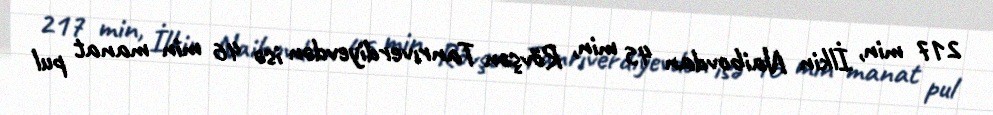
217 min, İlkin Naibovdan 45 min, Rövşən Tanrıverdiyevdən isə 46 min manat pul